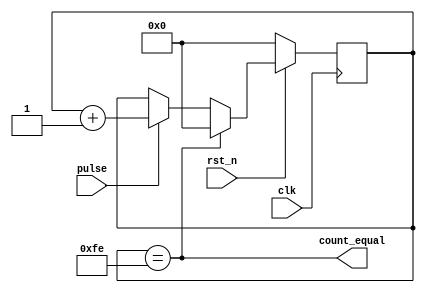
`timescale 1ns / 1ps
//////////////////////////////////////////////////////////////////////////////////
// Company: 
// Engineer: 
// 
// Design Name: 
// Module Name: pulse_count
// Project Name: 
// Target Devices: 
// Tool Versions: 
// Description: 
// 
// Dependencies: 
// 
// Revision:
// Revision 0.01 - File Created
// Additional Comments:
// 
//////////////////////////////////////////////////////////////////////////////////


module pulse_count#(
  parameter   COUNT_WIDTH=8,
  parameter   count_data=256
)
(
  input                                        clk,
  input                                        rst_n,
  input                                        pulse,

  output                                       count_equal

);

 reg   [COUNT_WIDTH-1:0] count=0,count_next;
  assign  count_equal=(count==(count_data-2'd2));
 always@*
 begin
   count_next=count;
    if(count_equal)
   count_next={COUNT_WIDTH{1'b0}};
   else if( pulse )
   count_next=count_next+1'b1; 
   end
 always@(posedge clk)
 begin
   count<=(!rst_n)?{COUNT_WIDTH{1'b0}}:count_next;
 end
 
 
 endmodule